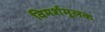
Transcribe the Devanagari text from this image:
विमर्शमूलक